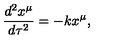
\frac { d ^ { 2 } x ^ { \mu } } { d \tau ^ { 2 } } = - k x ^ { \mu } ,